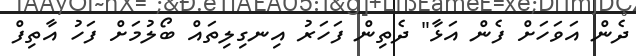
ދެން އަވަހަށް ފެން އަޅާ" ދެތިން ފަހަރު އިނގިލިތައް ބޯލުމަށް ފަހު އާތިފް